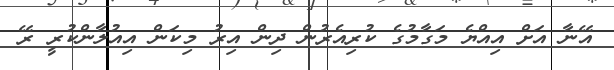
އޭނާ އަށް އިއްޔެ މަގާމުގެ ކުރިއެރުން ދިން އިރު މިކަން އިއުލާންކުރީ ރޭ